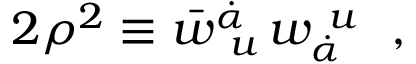
2 \rho ^ { 2 } \equiv \bar { w } _ { ~ u } ^ { \dot { \alpha } } \, w _ { \dot { \alpha } } ^ { ~ u } ~ ~ ,